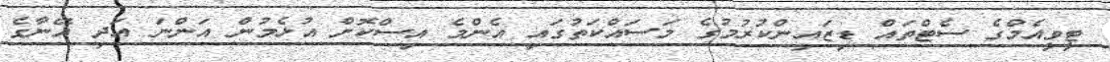
ޓީވީއެމްގެ ސެޓްތައް ޑިޒައިންކުރުމުގެ މަސައްކަތުގައި އެންމެ އިސްކޮށް އުޅެމުން އަންނަ އަދި އޭނާގެ